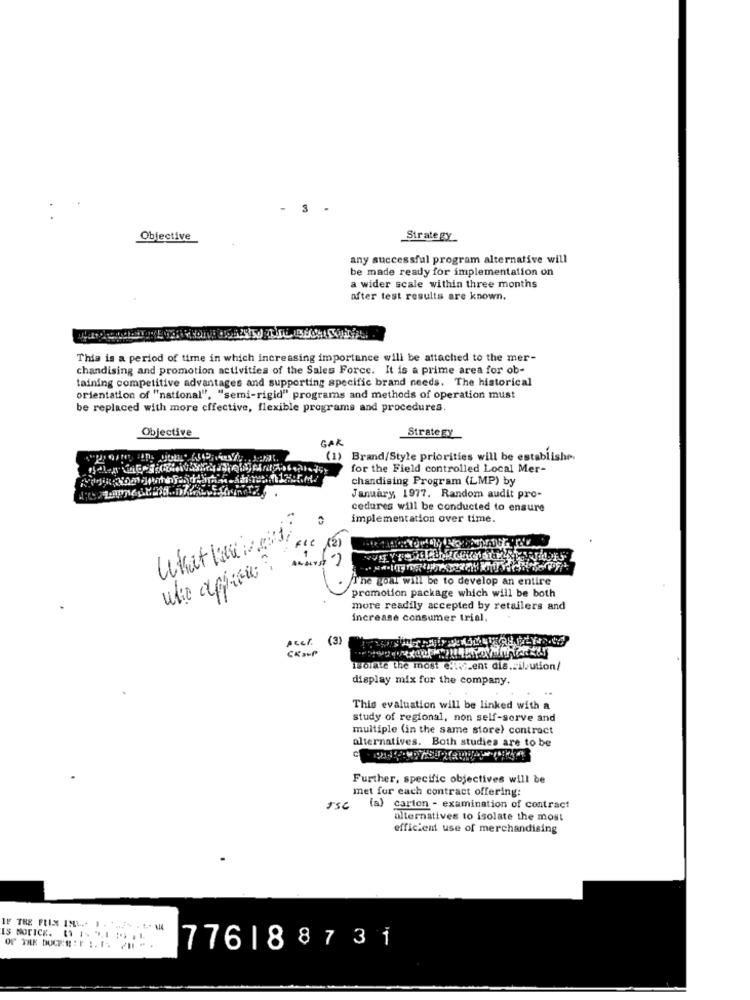
- 3 -
Objective
Strategy
any successful program alternative will
be made ready for implementation on
a wider scale within three months
after test results are known.
This is a period of time in which increasing importance will be attached to the mer-
chandising and promotion activities of the Sales Force. It is a prime area for ob-
taining competitive advantages and supporting specific brand needs. The historical
orientation of "national", "semi-rigid" programs and methods of operation must
be replaced with more effective, flexible programs and procedures.
Objective
GAR
Strategy
(1) Brand/Style priorities will be establishe.
for the Field controlled Local Mer-
chandising Program (LMP) by
January, 1977. Random audit pro-
cedures will be conducted to ensure
implementation over time.
-
Sie (2)
The goal will be to develop an entire
.
promotion package which will be both
more readily accepted by retailers and
increase consumer trial.
Acer.
(3)
Isolate the most effet.ent dis .. il.ution/
display mix for the company.
This evaluation will be linked with a
study of regional, non self-serve and
multiple (in the same store) contract
alternatives. Both studies are to be
Further, specific objectives will be
met for each contract offering:
FSC (a) carton - examination of contract
alternatives to isolate the most
efficient use of merchandising
IS NOTICE. 1 1 ",1 15 .1
776188731